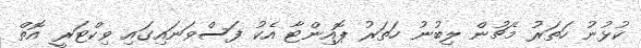
ކުޅުނު ހަތަރު މެޗުން ލިބުނު ހަތަރު ޕޮއިންޓާ އެކު ފަސްވަނައިގައި ވިކްޓަރީ އޮތް